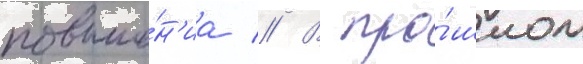
повыше́н'иа // В про́шлом